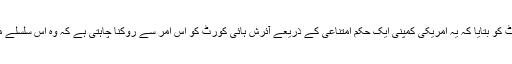
فیس بک کے قانونی مشیر پال گالاہر نے ڈبلن میں آئرش ہائی کورٹ کو بتایا کہ یہ امریکی کمپنی ایک حکم امتناعی کے ذریعے آئرش ہائی کورٹ کو اس امر سے روکنا چاہتی ہے کہ وہ اس سلسلے میں ایک مقدمہ سماعت کے لیے یورپی عدالت انصاف کو بھیج دے۔